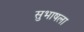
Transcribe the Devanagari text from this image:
सुभाषला